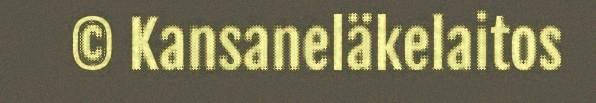
© Kansaneläkelaitos